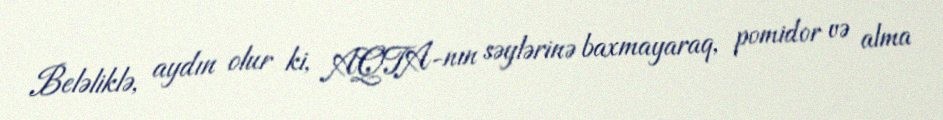
Beləliklə, aydın olur ki, AQTA-nın səylərinə baxmayaraq, pomidor və alma